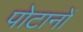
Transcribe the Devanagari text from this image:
पोटानों